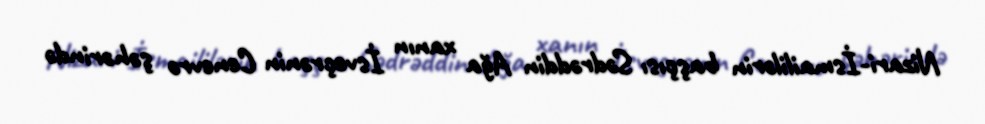
Nizari-İsmaililərin başçısı Sədrəddin Ağa xanın İsveçrənin Cenevrə şəhərində